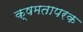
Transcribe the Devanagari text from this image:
क्षमतापरक